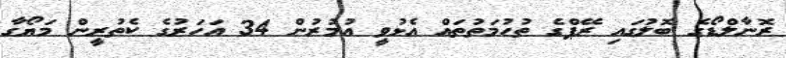
ރޮނާލްޑޯގެ ބޮލުގައި ރޭޕްގެ ތުހުމަތުތައް އެޅުވީ އުމުރުން 34 އަހަރުގެ ކެތުރީން މަޔޯގާ